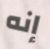
إنه